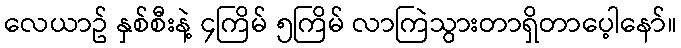
လေယာဥ် နှစ်စီးနဲ့ ၄ကြိမ် ၅ကြိမ် လာကြဲသွားတာရှိတာပေ့ါနော်။